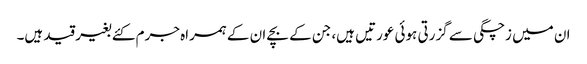
ان میں زچگی سے گزرتی ہوئی عورتیں ہیں، جن کے بچے ان کے ہمراہ جرم کئے بغیر قید ہیں۔